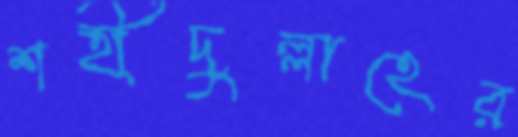
শহীদুল্লাহের